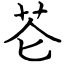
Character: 芲